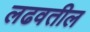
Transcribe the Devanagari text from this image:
लढवतील